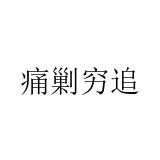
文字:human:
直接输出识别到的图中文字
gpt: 痛剿穷追